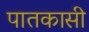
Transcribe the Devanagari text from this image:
पातकासी